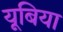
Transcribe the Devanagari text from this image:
यूबिया